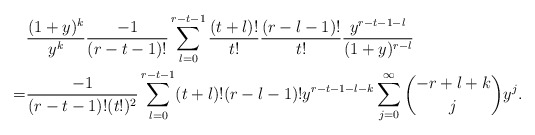
\begin{align*}&\frac{(1+y)^k}{y^{k}}\frac{-1}{(r-t-1)!}\sum_{l=0}^{r-t-1}\frac{(t+l)!}{t!}\frac{(r-l-1)!}{t!}\frac{y^{r-t-1-l}}{(1+y)^{r-l}}\\=&\frac{-1}{(r-t-1)!(t!)^2}\sum_{l=0}^{r-t-1}(t+l)!(r-l-1)!y^{r-t-1-l-k}\sum_{j=0}^{\infty}\binom{-r+l+k}{j}y^j.\end{align*}